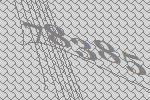
78385